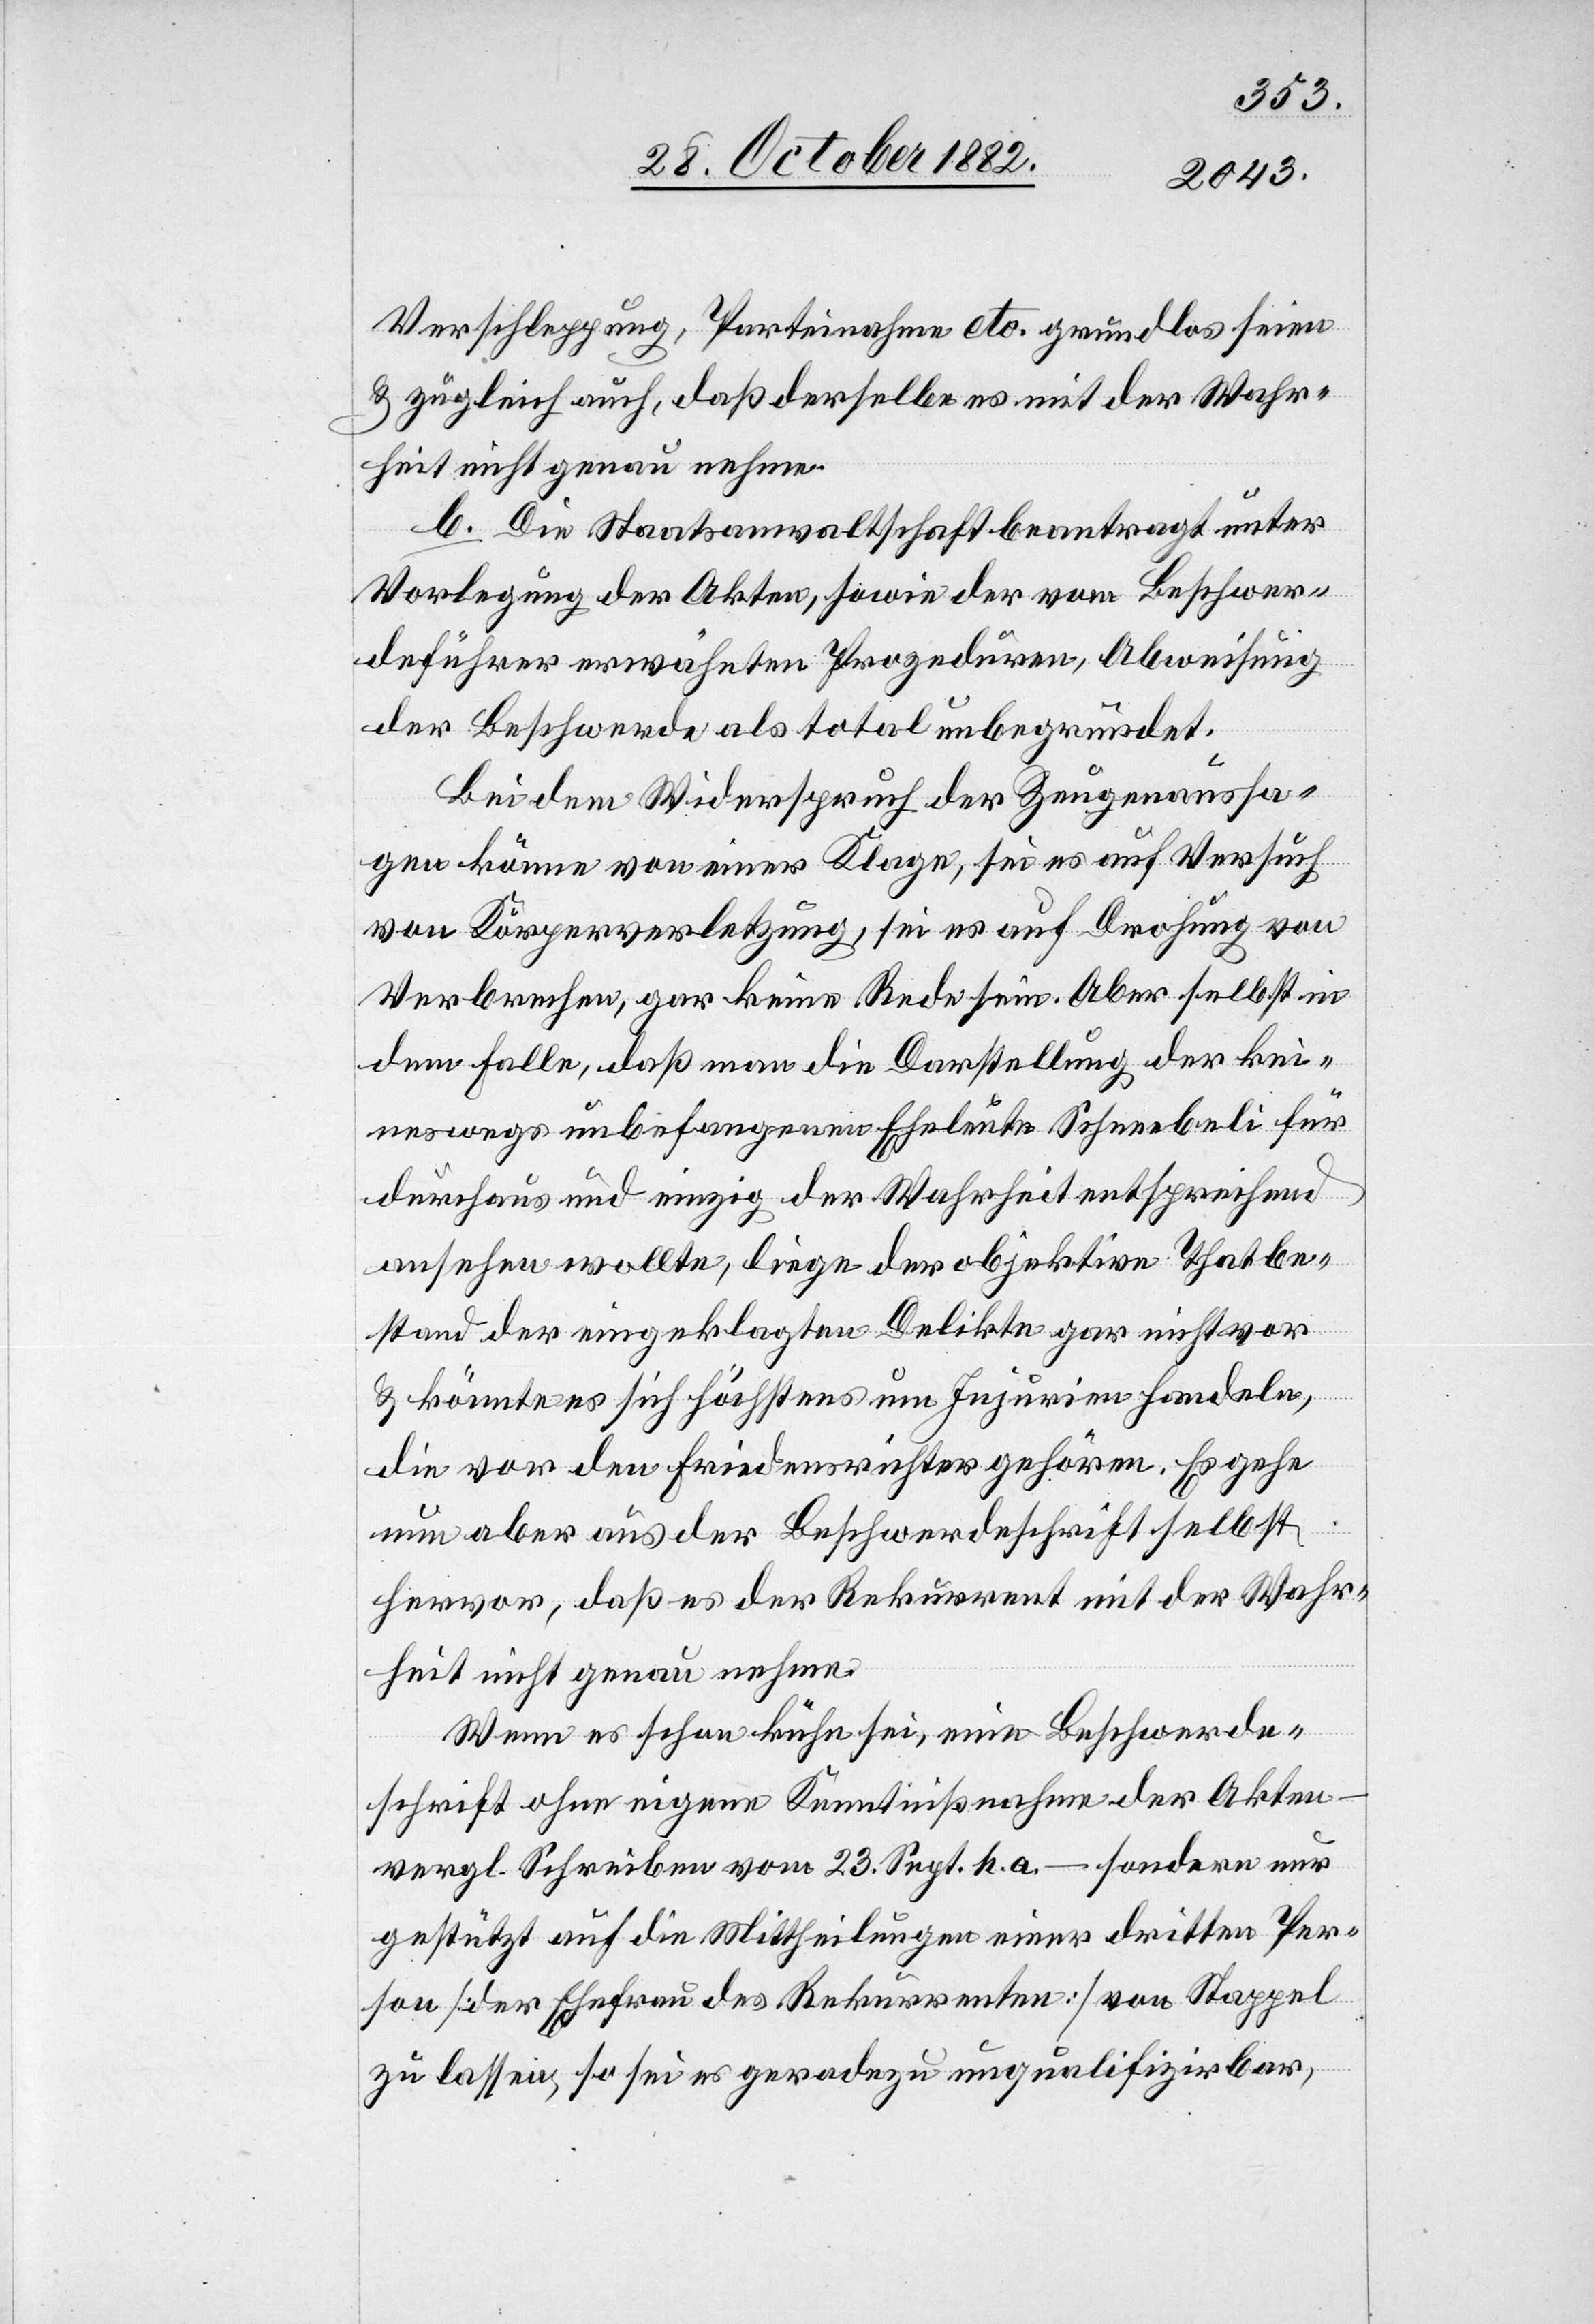
Verschleppung, Parteinahme etc. grundlos seien
& zugleich auch, daß derselbe es mit der Wahr¬
heit nicht genau nehme.
b. Die Staatsanwaltschaft beantragt unter
Vorlegung der Akten, sowie der vom Beschwer¬
deführer erwähnten Prozeduren, Abweisung
der Beschwerde als total unbegründet.
Bei dem Widerspruch der Zeugenaussa¬
gen könne von einer Klage, sei es auf Versuch
von Körperverletzung, sei es auf Drohung von
Verbrechen, gar keine Rede sein. Aber selbst in
dem Falle, daß man die Darstellung der kei¬
neswegs unbefangenen Eheleute Schneebeli für
durchaus und einzig der Wahrheit entsprechend
ansehen wollte, liege der objektive Thatbe¬
stand der eingeklagten Delikte gar nicht vor
& könnte es sich höchstens um Injurien handeln,
die vor den Friedensrichter gehören. Es gehe
Wahr¬
nun aber aus der Beschwerde hervor, daß es
heit nicht genau nehme.
Wenn es schon kühn sei, eine Beschwerde¬
schrift ohne eigene Kenntnißnahme der Akten
vergl. Schreiben vom 23. Sept. h. a. – sondern nur
gestützt auf die Mittheilungen einer dritten Per¬
son [der Ehefrau des Rekurrenten] von Stappel
zu lassen, so sei es geradezu unqualifizirbar,